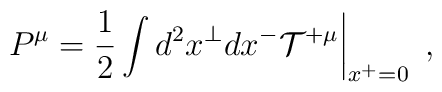
\left. P^\mu=\frac{1}{2} \int d^2x^\perp dx^- {\cal T}^{+\mu} \right|_{x^+=0} \; ,